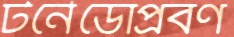
টর্নেডোপ্রবণ